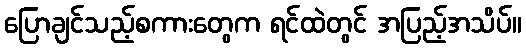
ပြောချင်သည့်စကားတွေက ရင်ထဲတွင် အပြည့်အသိပ်။